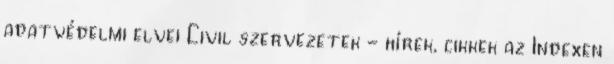
adatvédelmi elvei Civil szervezetek - hírek, cikkek az Indexen